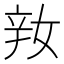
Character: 𨐎